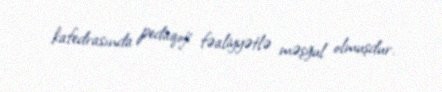
kafedrasında pedaqoji fəaliyyətlə məşğul olmuşdur.